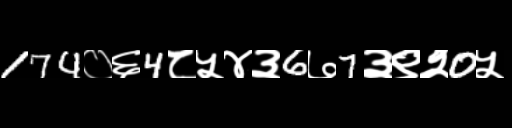
Text: 174०६4८५४३6७7३९२0५